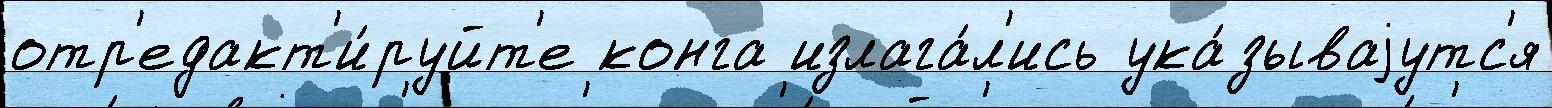
отр'едакт'и́руйт'е конга излага́л'ись ука́зываjутс'я